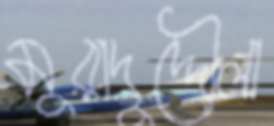
মুরাদুদ্দৌলা